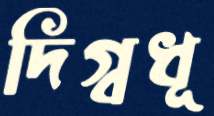
দিগ্বধূ